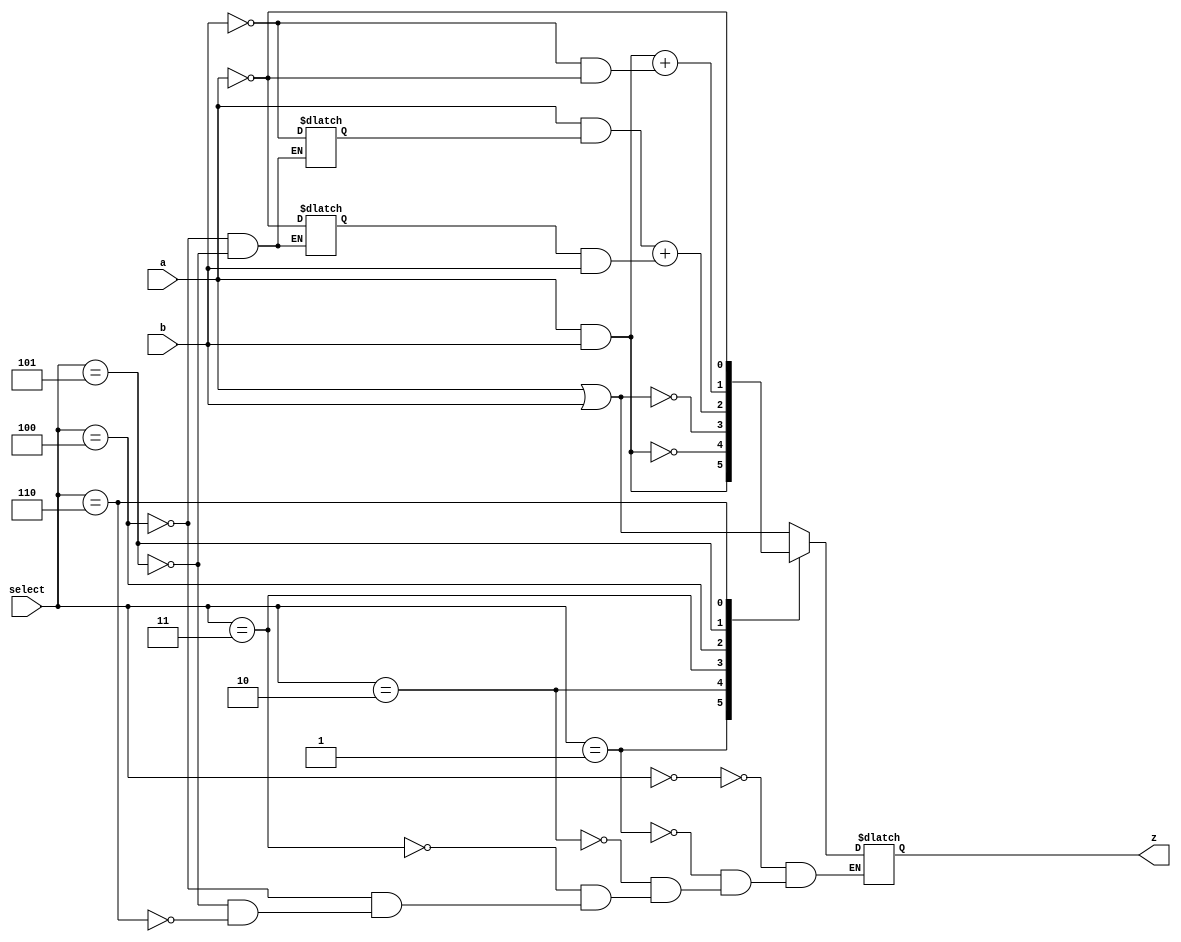
`timescale 1ns / 1ps
//////////////////////////////////////////////////////////////////////////////////
// Company: 
// Engineer: 
// 
// Design Name: 
// Module Name:    all_gates_andornot 
// Project Name: 
// Target Devices: 
// Tool versions: 
// Description: 
//
// Dependencies: 
//
// Revision: 
// Revision 0.01 - File Created
// Additional Comments: 
//
//////////////////////////////////////////////////////////////////////////////////
module all_gates_andornot(
    input a,
    input b,
	 input [2:0] select,
    output z
    );
	 parameter OR=3'b000, 
             AND=3'b001,
            NAND=3'b010,
             NOR=3'b011,
             XOR=3'b100,
            XNOR=3'b101,
			    NOT=3'b110;
				 
	reg out;
   reg  K,J,V,L;
	
	always@(a,b)
   case(select)
  OR :   out =a|b;
 AND :  out =a&b;
 NAND :  begin 
               K=a&b;
               out =~K;        
			end
 NOR :  begin 
        K=a|b;
        out =~K;
       end					
 XOR :  begin 
         K= a&V;
         V=~b;
         J=L&b;
          L=~a;
         out =K+J;
		 end
 XNOR  : begin 
         K= a&b;
          V=~b;
          L=~a;
			 J=V&L;
          out =K+J;
		 end 
 NOT :  out= ~(a);
 

endcase
         assign z=out;


endmodule